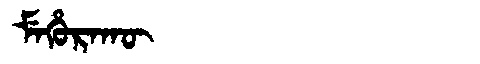
Manchu: ᠮᡝᡥᡠᡵᠠᡴᡡ
Romanization: MEHURAKŪ